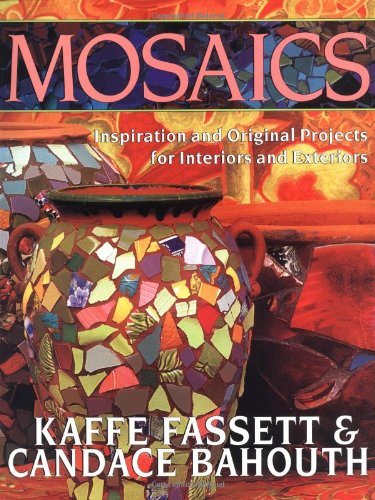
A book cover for Mosaics: Inspiration and Original Projects for Interiors an; Kaffe Fassett; Crafts, Hobbies & Home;